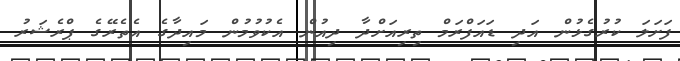
ފަށަލަ ކުރުގެޅުން އަދި ޑައަފްރަމް ތިރިއަށްދާ ދިއުން އެކުވުމުން މައިދާގެ އެތެރޭގެ ޕްރެޝަރު